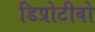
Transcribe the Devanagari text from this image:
डिप्रोटीवो